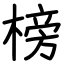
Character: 榜